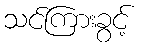
သင်ကြားခွင့်